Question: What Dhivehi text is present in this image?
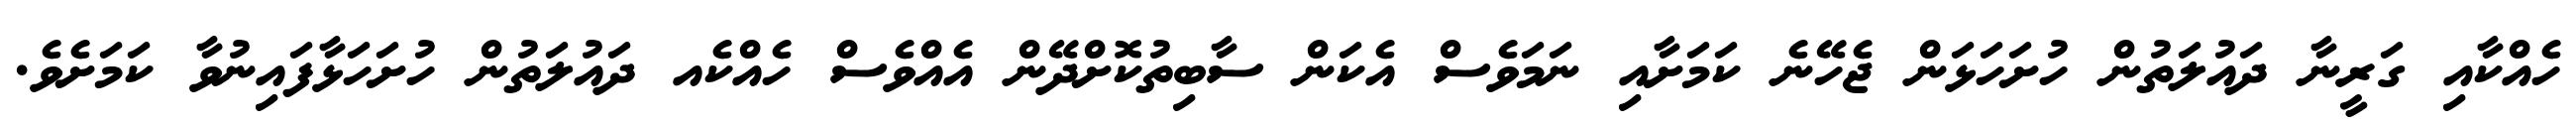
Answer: ހެއްކާއި ގަރީނާ ދައުލަތުން ހުށަހަޅަން ޖެހޭނެ ކަމަށާއި ނަމަވެސް އެކަން ސާބިތުކޮށްދޭން އެއްވެސް ހެއްކެއ ދައުލަތުން ހުށަހަޅާފައިނުވާ ކަމަށެވެ.